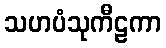
သဟပံသုကီဠကာ